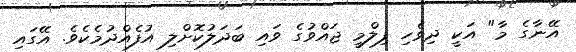
އޭނާގެ މާ" އަކީ ދިވެހި ފިލްމީ ޖައްވުގެ ވައި ބަދަލުކޮށްލި އުފެއްދުމެކެވެ. އޭގައި